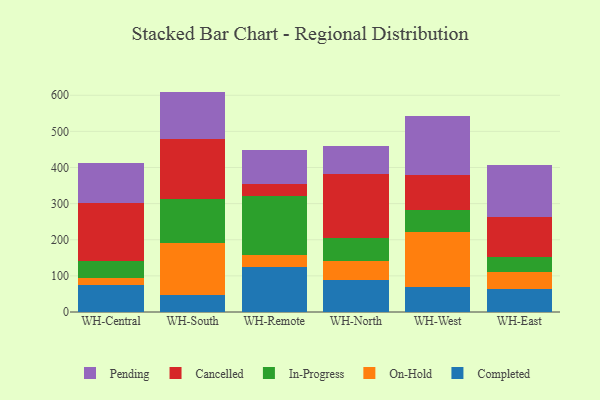
{"axis": {"x": "Warehouse", "y": "Temperature (°C)"}, "legend": ["Cancelled", "Completed", "In-Progress", "On-Hold", "Pending"], "data": [{"x": "WH-Central", "y": 74.4, "type": "Completed"}, {"x": "WH-Central", "y": 20.7, "type": "On-Hold"}, {"x": "WH-Central", "y": 45.0, "type": "In-Progress"}, {"x": "WH-Central", "y": 161.5, "type": "Cancelled"}, {"x": "WH-Central", "y": 110.3, "type": "Pending"}, {"x": "WH-South", "y": 48.3, "type": "Completed"}, {"x": "WH-South", "y": 141.6, "type": "On-Hold"}, {"x": "WH-South", "y": 122.4, "type": "In-Progress"}, {"x": "WH-South", "y": 165.3, "type": "Cancelled"}, {"x": "WH-South", "y": 132.5, "type": "Pending"}, {"x": "WH-Remote", "y": 125.0, "type": "Completed"}, {"x": "WH-Remote", "y": 31.6, "type": "On-Hold"}, {"x": "WH-Remote", "y": 165.9, "type": "In-Progress"}, {"x": "WH-Remote", "y": 31.7, "type": "Cancelled"}, {"x": "WH-Remote", "y": 92.9, "type": "Pending"}, {"x": "WH-North", "y": 89.3, "type": "Completed"}, {"x": "WH-North", "y": 50.7, "type": "On-Hold"}, {"x": "WH-North", "y": 64.8, "type": "In-Progress"}, {"x": "WH-North", "y": 178.1, "type": "Cancelled"}, {"x": "WH-North", "y": 76.0, "type": "Pending"}, {"x": "WH-West", "y": 70.6, "type": "Completed"}, {"x": "WH-West", "y": 150.3, "type": "On-Hold"}, {"x": "WH-West", "y": 60.5, "type": "In-Progress"}, {"x": "WH-West", "y": 96.9, "type": "Cancelled"}, {"x": "WH-West", "y": 164.0, "type": "Pending"}, {"x": "WH-East", "y": 62.5, "type": "Completed"}, {"x": "WH-East", "y": 47.6, "type": "On-Hold"}, {"x": "WH-East", "y": 43.2, "type": "In-Progress"}, {"x": "WH-East", "y": 111.0, "type": "Cancelled"}, {"x": "WH-East", "y": 142.3, "type": "Pending"}]}